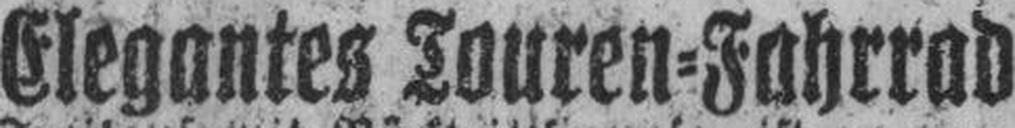
Elegantes Touren=Fahrrad